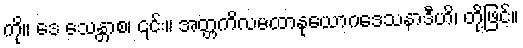
ကို။ ဒေ သေန္တာစ၊ ၎င်း။ အတ္တကိလမထာနုယောဂဒေသနာဒီဟိ၊ တို့ဖြင့်။